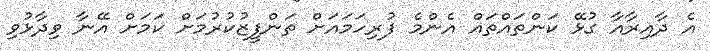
އެ ދާއިރާއާ ގުޅޭ ކަންތައްތައް އެންމެ ފުރިހަމައަށް ތަންފީޒުކުރުމަށް ކަމަށް އޭނާ ވިދާޅުވި